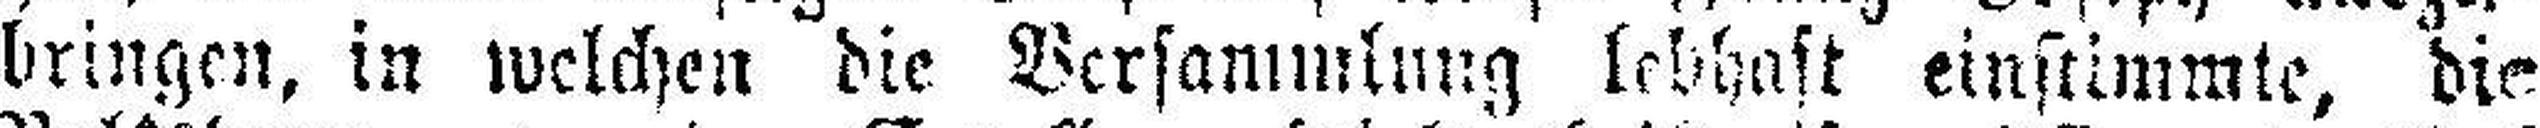
bringen, in welchen die Versammlung lebhaft einstimmte, die